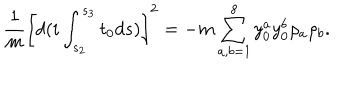
\frac { 1 } { m } \left[ d ( i \int _ { s _ { 2 } } ^ { s _ { 3 } } t _ { 0 } d s ) \right] ^ { 2 } = - m \sum _ { a , b = 1 } ^ { 8 } { y } _ { 0 } ^ { a } { y } _ { 0 } ^ { b } \rho _ { a } \rho _ { b } .